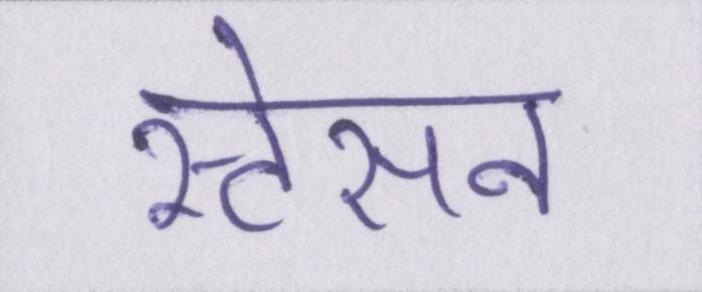
स्टेसन